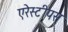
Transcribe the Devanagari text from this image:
एरेस्टीपस